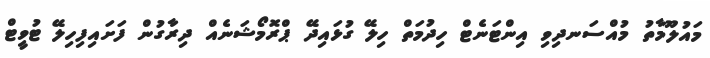
މައުލޫމާތު މުއްސަނދިވި އިންޓަނެޓް ހިދުމަތް ހިލޭ ގުޅައިދޭ ޕްރޮމޯޝަނެއް ދިރާގުން ފަށައިފިހިލޭ ޓުވީޓް